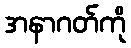
အနာဂတ်ကို